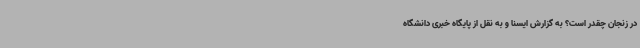
در زنجان چقدر است؟ به گزارش ایسنا و به نقل از پایگاه خبری دانشگاه